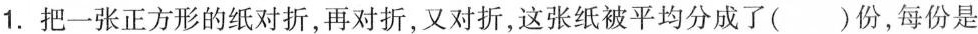
1.把一张正方形的纸对折，再对折，又对折，这张纸被平均分成了( )份，每份是